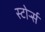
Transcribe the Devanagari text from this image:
स्टोर्र्स